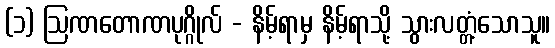
(၁) ဩဏတောဏပုဂ္ဂိုလ် - နိမ့်ရာမှ နိမ့်ရာသို့ သွားလတ္တံ့သောသူ။